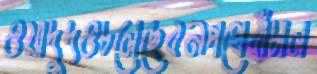
ওয়াদুদওচলেছেবনপথেবাঁচাল